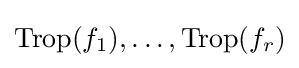
\operatorname {Trop} (f_{1}),\ldots ,\operatorname {Trop} (f_{r})